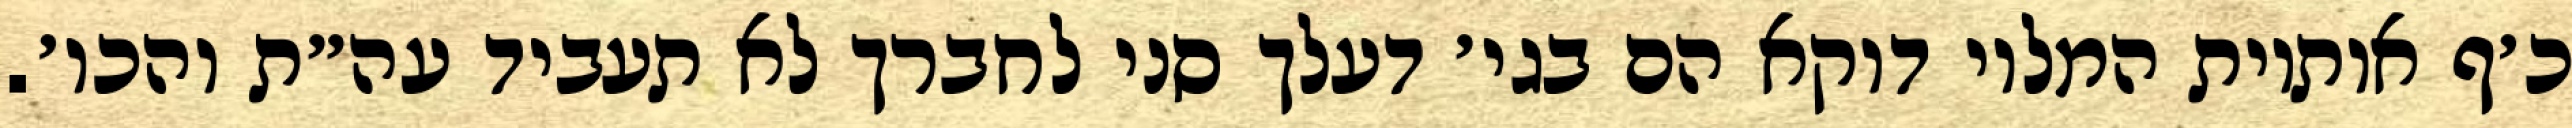
כ׳ף אותיות המלוי דוקא הם בגי׳ דעלך סני לחברך לא תעביד עה״ת והכו׳.